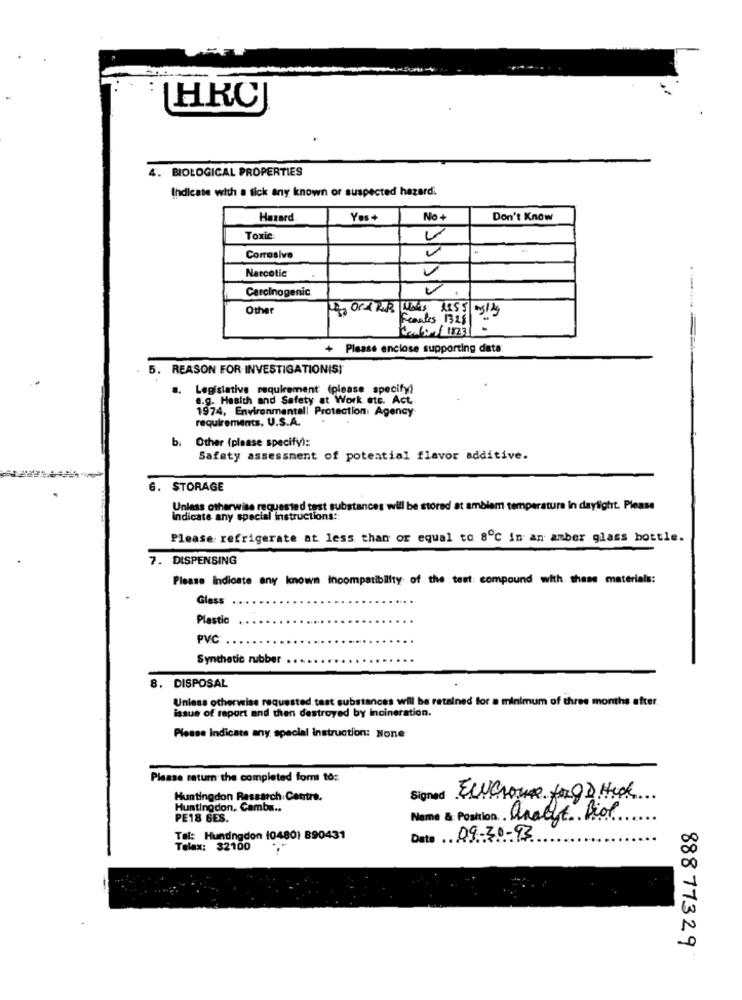
HRCJ
4. BIOLOGICAL PROPERTIES
Indicate with a tick any known or suspected hazard.
Hazard
Yes+
No +
Don't Know
Toxic
Corrosive
Narcotic
Carcinogenic
--..
Other
Franles 13.25
+ Please enclose supporting data:
5.
REASON FOR INVESTIGATIONISI
Legislative requirement (please specify)
8.9. Health and Safety at Work ete. Act.
1974, Environmental| Protection Agency
requirements. U.S.A.
Other (please specify):
bi
Safety assessment of potential flavor additive.
. STORAGE
Unless otherwise requested test substances will be stored at ambient temperature In daylight. Please
Indicate any special instructions ::
Please refrigerate at less than or equal to 80℃ in an amber glass bottle.
7. DISPENSING
Please Indicate any known incompatibility of the test: compound with these materials:
Glass
Plastic
PVC
Synthetic rubber
8. DISPOSAL
Unless otherwise requested test substances will be retained for a minimum of three months after.
issue of raport and then destroyed by incineration.
Please Indicate any, special instruction: None
Please return the completed form to:
Huntingdon Research Centre.
Signed Elcome fogD Hick
Huntingdon. Cambs ..
PE18 GES.
Name & Position analyst Biol
Tel: Huntingdon (0480) 890431
Date 09-30-93
Telax: 32100
888 77329